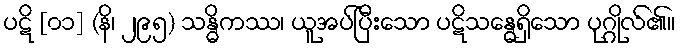
ပဋိ [၀၁] (နိ၊ ၂၉၅) သန္ဓိကဿ၊ ယူအပ်ပြီးသော ပဋိသန္ဓေရှိသော ပုဂ္ဂိုလ်၏။